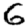
Digit: 6